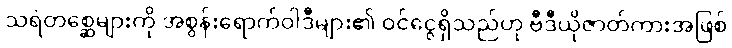
သရဲတစ္ဆေများကို အစွန်းရောက်ဝါဒီများ၏ ဝင်ငွေရှိသည်ဟု ဗီဒီယိုဇာတ်ကားအဖြစ်